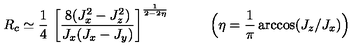
R _ { c } \simeq \frac { 1 } { 4 } \ \bigg [ \frac { 8 ( J _ { x } ^ { 2 } - J _ { z } ^ { 2 } ) } { J _ { x } ( J _ { x } - J _ { y } ) } \bigg ] ^ { \frac { 1 } { 2 - 2 \eta } } \quad \qquad \Big ( \eta = \frac { 1 } { \pi } \arccos ( J _ { z } / J _ { x } ) \Big )